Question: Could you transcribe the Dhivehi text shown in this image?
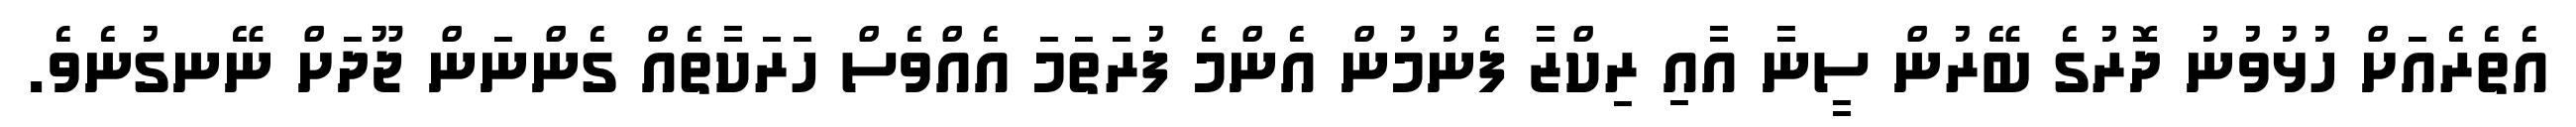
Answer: އެތެރެއަށް ހުޅުވުނު ދޮރުގެ ބޭރުން ސީނާ އާއި ރިކްޒާ ފެނުމުން އެންމެ ފުރަތަމަ އެއްވެސް ހަރަކާތެއް ގެންނަން ޖޫދަށް ނޭނގުނެވެ.